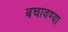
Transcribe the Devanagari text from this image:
बचावण्या